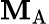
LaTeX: \mathbf{M}_{\mathrm{{A}}}